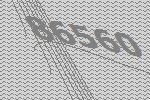
86560